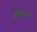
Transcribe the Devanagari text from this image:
प्रविलापनं